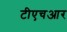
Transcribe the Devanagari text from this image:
टीएचआर